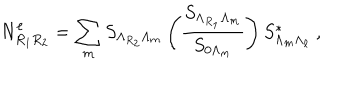
N _ { R _ { 1 } R _ { 2 } } ^ { \ell } = \sum _ { m } S _ { \Lambda _ { R _ { 2 } } \Lambda _ { m } } \left( { \frac { S _ { \Lambda _ { R _ { 1 } } \Lambda _ { m } } } { S _ { 0 { \Lambda _ { m } } } } } \right) S _ { \Lambda _ { m } \Lambda _ { \ell } } ^ { * } ~ ,